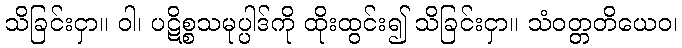
သိခြင်းငှာ။ ဝါ၊ ပဋိစ္စသမုပ္ပါဒ်ကို ထိုးထွင်း၍ သိခြင်းငှာ။ သံဝတ္တတိယေဝ၊